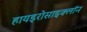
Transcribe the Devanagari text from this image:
हायड्रोसाइक्लॉन